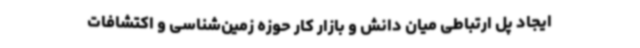
ایجاد پل ارتباطی میان دانش و بازار کار حوزه زمین‌شناسی و اکتشافات